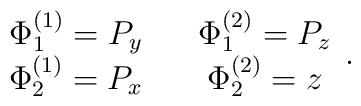
\begin{array}{ccc}\Phi^{(1)}_1=P_y&{ } & \Phi^{(2)}_1=P_z \\ \Phi^{(1)}_2=P_x & { }&\Phi^{(2)}_2=z \end{array}.